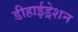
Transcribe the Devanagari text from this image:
डीहाईड्रेशन